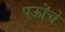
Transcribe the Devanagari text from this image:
पऊॊचे